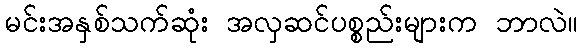
မင်းအနှစ်သက်ဆုံး အလှဆင်ပစ္စည်းများက ဘာလဲ။